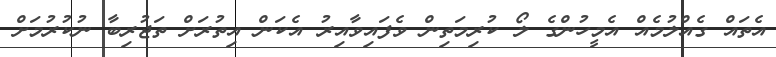
އެތައް ގެއްލުމެއް އެމީހުންގެ ލޯ ކުރިމަތިން ވެފައިވާއިރު އެކަން އިތުރަށް ތަޖުރިބާ ނުކުރުމަށް